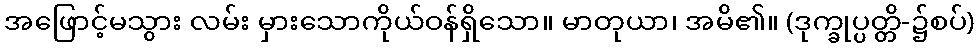
အဖြောင့်မသွား လမ်း မှားသောကိုယ်ဝန်ရှိသော။ မာတုယာ၊ အမိ၏။ (ဒုက္ခုပ္ပတ္တိ-၌စပ်)